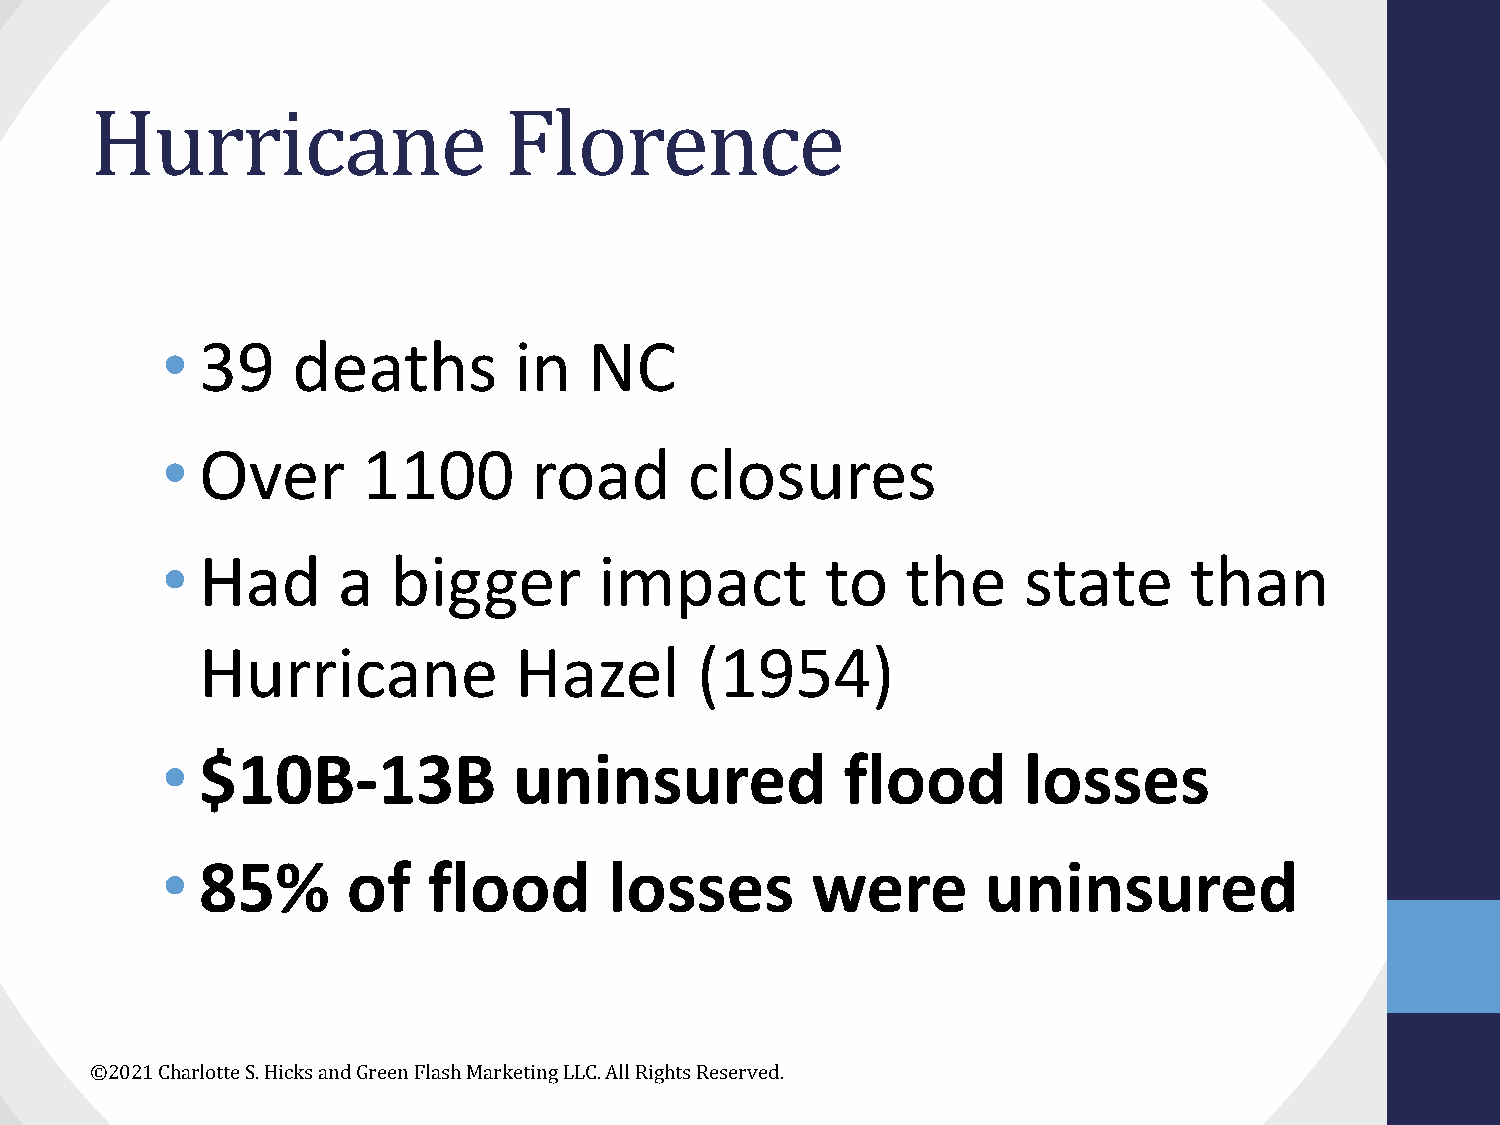
Hurricane                  Florence
 • 39    deaths         in   NC
 • Over       1100       road       closures
 • Had      a   bigger        impact         to   the     state      than
 Hurricane            Hazel       (1954)
 • $10B-13B             uninsured             flood       losses
 • 85%       of   flood       losses        were       uninsured
 ©2021 Charlotte S. Hicks and Green Flash Marketing LLC. All Rights Reserved.